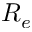
R _ { e }